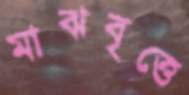
মাঝবৃত্তে